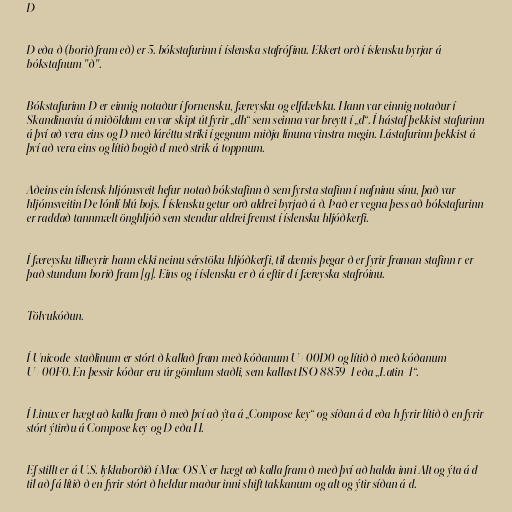
Ð

Ð eða ð (borið fram eð) er 5. bókstafurinn í íslenska stafrófinu. Ekkert orð í íslensku byrjar á
bókstafnum "ð".

Bókstafurinn Ð er einnig notaður í fornensku, færeysku og elfdælsku. Hann var einnig notaður í
Skandinavíu á miðöldum en var skipt út fyrir „dh“ sem seinna var breytt í „d“. Í hástaf þekkist stafurinn
á því að vera eins og D með láréttu striki í gegnum miðja línuna vinstra megin. Lástafurinn þekkist á
því að vera eins og lítið bogið d með strik á toppnum.

Aðeins ein íslensk hljómsveit hefur notað bókstafinn ð sem fyrsta stafinn í nafninu sínu, það var
hljómsveitin Ðe lónlí blú bojs. Í íslensku getur orð aldrei byrjað á ð. Það er vegna þess að bókstafurinn
er raddað tannmælt önghljóð sem stendur aldrei fremst í íslensku hljóðkerfi.

Í færeysku tilheyrir hann ekki neinu sérstöku hljóðkerfi, til dæmis þegar ð er fyrir framan stafinn r er
það stundum borið fram [ɡ]. Eins og í íslensku er ð á eftir d í færeyska stafróinu.

Tölvukóðun.

Í Unicode-staðlinum er stórt ð kallað fram með kóðanum U+00D0 og lítið ð með kóðanum
U+00F0. En þessir kóðar eru úr gömlum staðli, sem kallast ISO 8859-1 eða „Latin-1“.

Í Linux er hægt að kalla fram ð með því að ýta á „Compose key“ og síðan á d eða h fyrir lítið ð en fyrir
stórt ýtirðu á Compose key og D eða H.

Ef stillt er á U.S. lyklaborðið í Mac OS X er hægt að kalla fram ð með því að halda inni Alt og ýta á d
til að fá lítið ð en fyrir stórt ð heldur maður inni shift takkanum og alt og ýtir síðan á d.